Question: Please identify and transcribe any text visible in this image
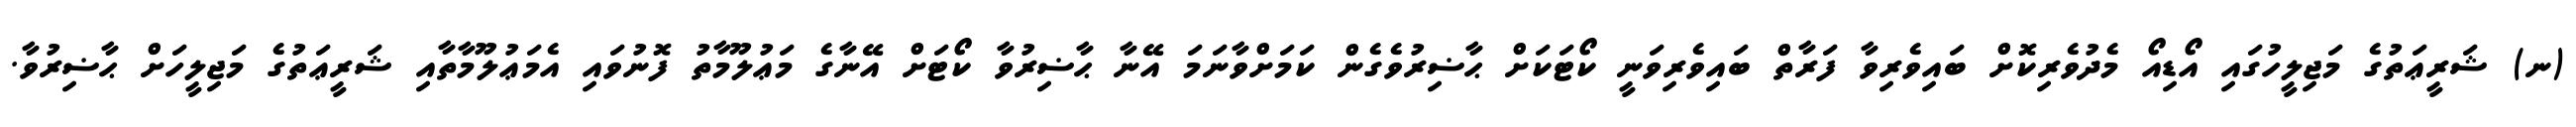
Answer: (ނ) ޝަރީޢަތުގެ މަޖިލީހުގައި އޯޑިއޯ މެދުވެރިކޮށް ބައިވެރިވާ ފަރާތް ބައިވެރިވަނީ ކޯޓަކަށް ޙާޟިރުވެގެން ކަމަށްވާނަމަ އޭނާ ޙާޟިރުވާ ކޯޓަށް އޭނާގެ މަޢުލޫމާތު ފޮނުވައި އެމަޢުލޫމާތާއި ޝަރީޢަތުގެ މަޖިލީހަށް ޙާޟިރުވާ.